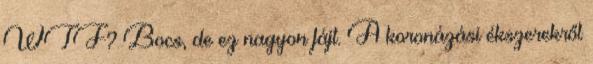
WTF? Bocs, de ez nagyon fájt. A koronázási ékszerekről